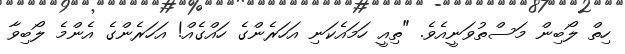
ހިތް ލޯބިން މަސްތުވަނީއެވެ. "ތިއީ ހަމައެކަނި އަހަރެންގެ ހައްގެއް! އަހަރެންގެ އެންމެ ލޯބިވާ